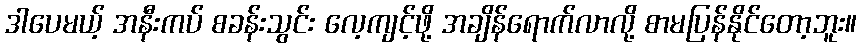
ဒါပေမယ့် အနီးကပ် စခန်းသွင်း လေ့ကျင့်ဖို့ အချိန်ရောက်လာလို့ စာမပြန်နိုင်တော့ဘူး။